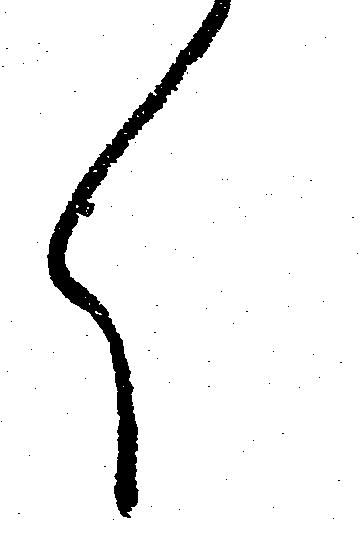
く